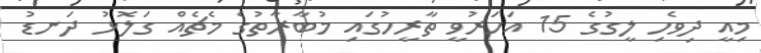
މިއީ ދިވެހި ލީގުގެ 15 އަހަރުވީ ތާރީހުގައި މުބާރާތުގެ މެޗެއް ގަލޮޅު ދަނޑު